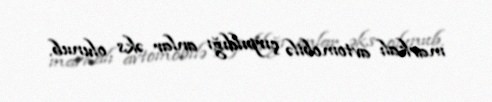
markalı avtomobilə çırpıldığı anlar əks olunub.